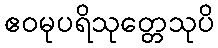
ဧဝမုပရိသုတ္တေသုပိ